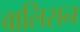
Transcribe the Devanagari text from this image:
वालिसन